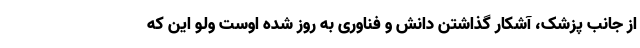
از جانب پزشک، آشکار گذاشتن دانش و فناوری به روز شده اوست ولو این که